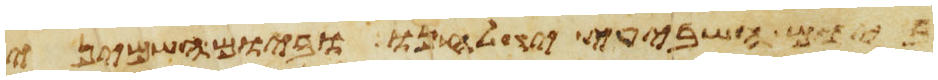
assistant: ביום השביעי יגלחנו וביום השמיני